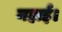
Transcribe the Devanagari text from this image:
नहाई।